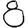
Digit: 8